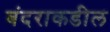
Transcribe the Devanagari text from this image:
बंदराकडील